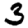
Digit: 3